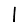
Digit: 1